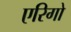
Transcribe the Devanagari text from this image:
एरिगो